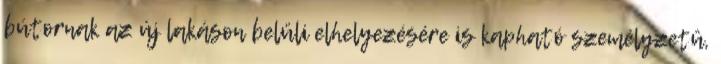
bútornak az új lakáson belüli elhelyezésére is kapható személyzetû,